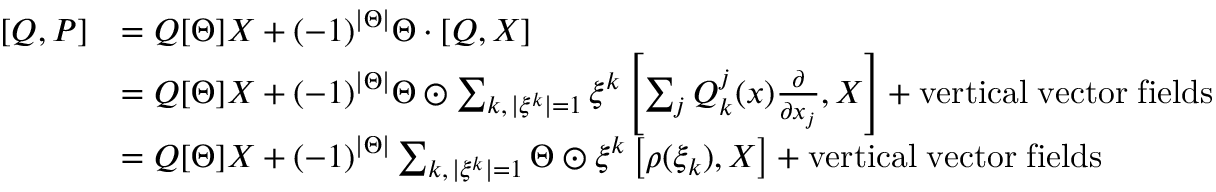
\begin{array} { r l } { [ Q , P ] } & { = Q [ \Theta ] X + ( - 1 ) ^ { | \Theta | } \Theta \cdot [ Q , X ] } \\ & { = Q [ \Theta ] X + ( - 1 ) ^ { | \Theta | } \Theta \odot \sum _ { k , \, | \xi ^ { k } | = 1 } \xi ^ { k } \left[ \sum _ { j } Q _ { k } ^ { j } ( x ) \frac { \partial } { \partial x _ { j } } , X \right] + \mathrm { v e r t i c a l \; v e c t o r \; f i e l d s } } \\ & { = Q [ \Theta ] X + ( - 1 ) ^ { | \Theta | } \sum _ { k , \, | \xi ^ { k } | = 1 } \Theta \odot \xi ^ { k } \left[ \rho ( \xi _ { k } ) , X \right] + \mathrm { v e r t i c a l \; v e c t o r \; f i e l d s } } \end{array}